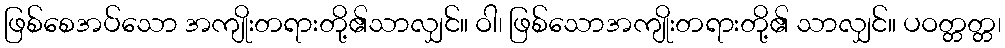
ဖြစ်စေအပ်သော အကျိုးတရားတို့၏သာလျှင်။ ဝါ၊ ဖြစ်သောအကျိုးတရားတို့၏ သာလျှင်။ ပဝတ္တတ္တ၊